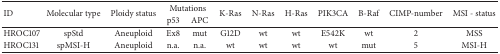
| <ROWSPAN=2> ID | <ROWSPAN=2> Molecular type | <ROWSPAN=2> Ploidy status | <COLSPAN=2> Mutations | <ROWSPAN=2> K-Ras | <ROWSPAN=2> N-Ras | <ROWSPAN=2> H-Ras | <ROWSPAN=2> PIK3CA | <ROWSPAN=2> B-Raf | <ROWSPAN=2> CIMP-number | <ROWSPAN=2> MSI - status |
 | p53 | APC |
 | --- | --- | --- | --- | --- | --- | --- | --- | --- | --- | --- | --- |
 | HROC107 | spStd | Aneuploid | Ex8 | mut | G12D | wt | wt | E542K | wt | 2 | MSS |
 | HROC131 | spMSI-H | Aneuploid | n.a. | n.a. | wt | wt | wt | wt | mut | 5 | MSI-H |